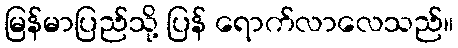
မြန်မာပြည်သို့ ပြန် ရောက်လာလေသည်။